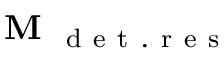
\textbf { M } _ { \mathrm { ~ d ~ e ~ t ~ . ~ r ~ e ~ s ~ } }